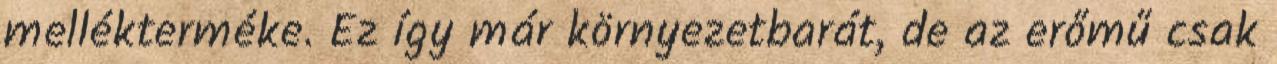
mellékterméke. Ez így már környezetbarát, de az erőmű csak